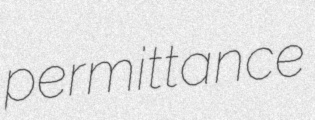
permittance